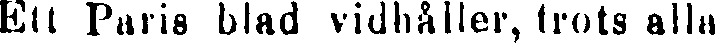
Ett Paris blad vidhåller, trots alla